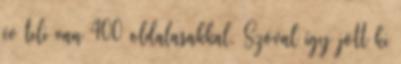
év teli van 400 oldalasakkal. Szóval így jött ki